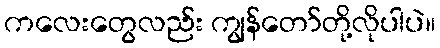
ကလေးတွေလည်း ကျွန်တော်တို့လိုပါပဲ။